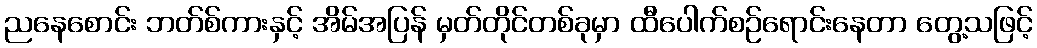
ညနေစောင်း ဘတ်စ်ကားနှင့် အိမ်အပြန် မှတ်တိုင်တစ်ခုမှာ ထီပေါက်စဉ်ရောင်းနေတာ တွေ့သဖြင့်